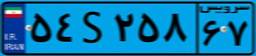
۵۴S۲۵۸۶۷